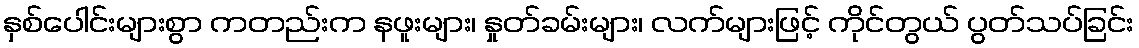
နှစ်ပေါင်းများစွာ ကတည်းက နဖူးများ၊ နှုတ်ခမ်းများ၊ လက်များဖြင့် ကိုင်တွယ် ပွတ်သပ်ခြင်း